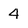
Character: 4